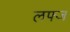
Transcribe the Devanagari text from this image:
लफ्ज